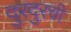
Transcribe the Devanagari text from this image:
दुरदुरची